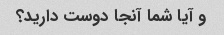
و آیا شما آنجا دوست دارید؟